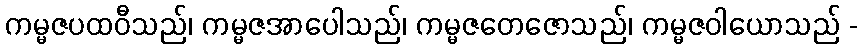
ကမ္မဇပထဝီသည်၊ ကမ္မဇအာပေါသည်၊ ကမ္မဇတေဇောသည်၊ ကမ္မဇဝါယောသည် -